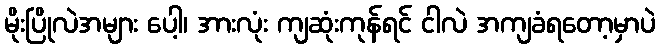
မိုးပြိုလဲအများ ပေါ့၊ အားလုံး ကျဆုံးကုန်ရင် ငါလဲ အကျခံရတော့မှာပဲ